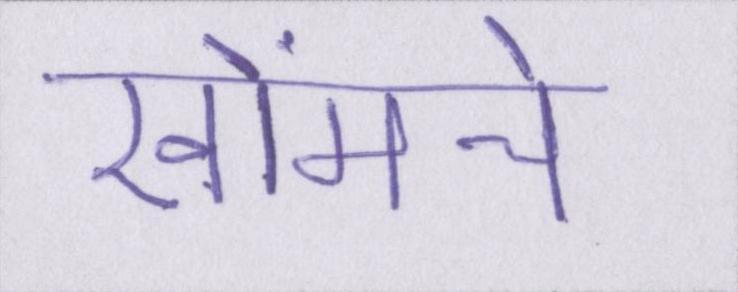
खोंमचे